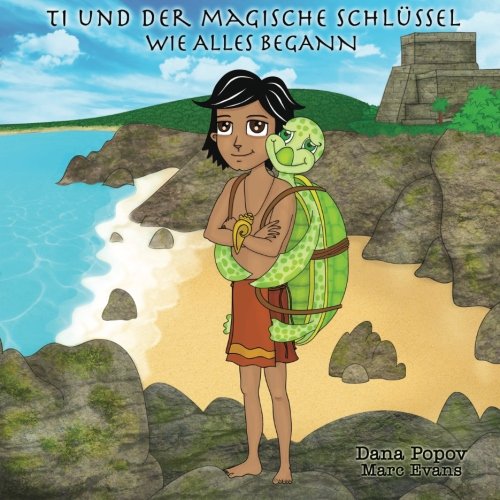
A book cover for Ti und der Magische Schluessel: Wie alles begann (1) (German Edition); Dana Popov; Children's Books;